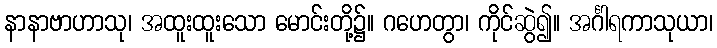
နာနာဗာဟာသု၊ အထူးထူးသော မောင်းတို့၌။ ဂဟေတွာ၊ ကိုင်ဆွဲ၍။ အင်္ဂါရကာသုယာ၊